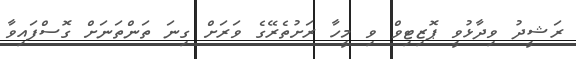
ރަޝީދު ވިދާޅުވީ ޕޮޒިޓިވް ވި މީހާ ރަށުތެރޭގެ ވަރަށް ގިނަ ތަންތަނަށް ގޮސްފައިވާ